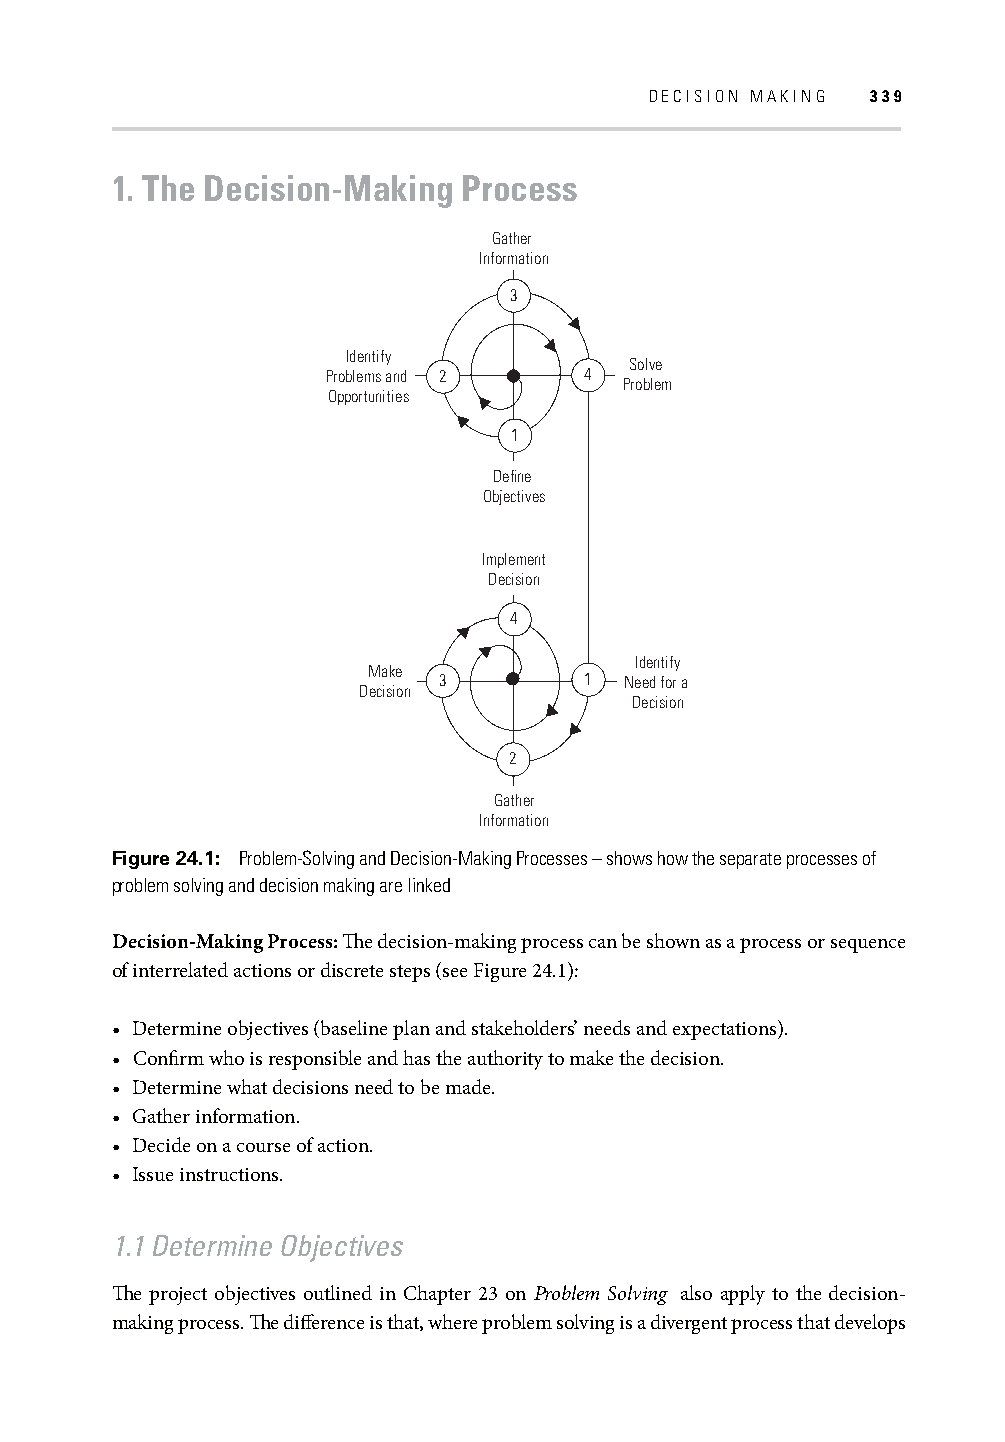
DECISION MAKING 339
 1. The Decision-Making  Process
 Gather
 Information
 3
 Identify
 Solve
 Problems and 2   4
 Problem
 Opportunities
 1
 Define
 Objectives
 Implement
 Decision
 4
 Identify
 Make
 3         1 Need for a
 Decision
 Decision
 2
 Gather
 Information
 Figure 24.1: Problem-Solving and Decision-Making Processes – shows how the separate processes of
 problem solving and decision making are linked
 Decision-Making Process: Th e decision-making process can be shown as a process or sequence
 of interrelated actions or discrete steps (see Figure 24.1):
 • Determine objectives (baseline plan and stakeholders’ needs and expectations).
 • Confi rm who is responsible and has the authority to make the decision.
 • Determine what decisions need to be made.
 • Gather information.
 • Decide on a course of action.
 • Issue instructions.
 1.1 Determine Objectives
 Th e project objectives outlined in Chapter 23 on Problem Solving also apply to the decision-
 making process. Th e diff erence is that, where problem solving is a divergent process that develops